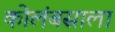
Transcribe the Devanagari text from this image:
कोलंबसाला